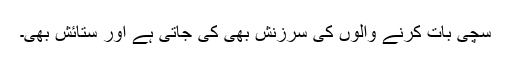
سچی بات کرنے والوں کی سرزنش بھی کی جاتی ہے اور ستائش بھی۔